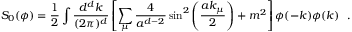
S _ { 0 } ( \phi ) = \frac { 1 } { 2 } \int \frac { d ^ { d } k } { ( 2 \pi ) ^ { d } } \left[ \sum _ { \mu } \frac { 4 } { a ^ { d - 2 } } \sin ^ { 2 } \left( \frac { a k _ { \mu } } { 2 } \right) + m ^ { 2 } \right] \phi ( - k ) \phi ( k ) \ \ .